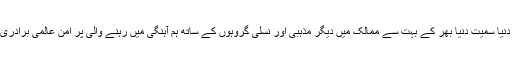
مسلم دنیا سمیت دنیا بھر کے بہت سے ممالک میں دیگر مذہبی اور نسلی گروہوں کے ساتھ ہم آہنگی میں رہنے والی پر امن عالمی برادری ہے۔